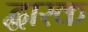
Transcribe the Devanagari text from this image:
द्धारक